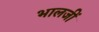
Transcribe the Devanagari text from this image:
भालजीं